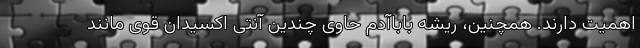
اهمیت دارند. همچنین، ریشه باباآدم حاوی چندین آنتی اکسیدان قوی مانند